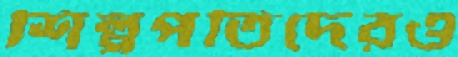
শিল্পপতিদেরও